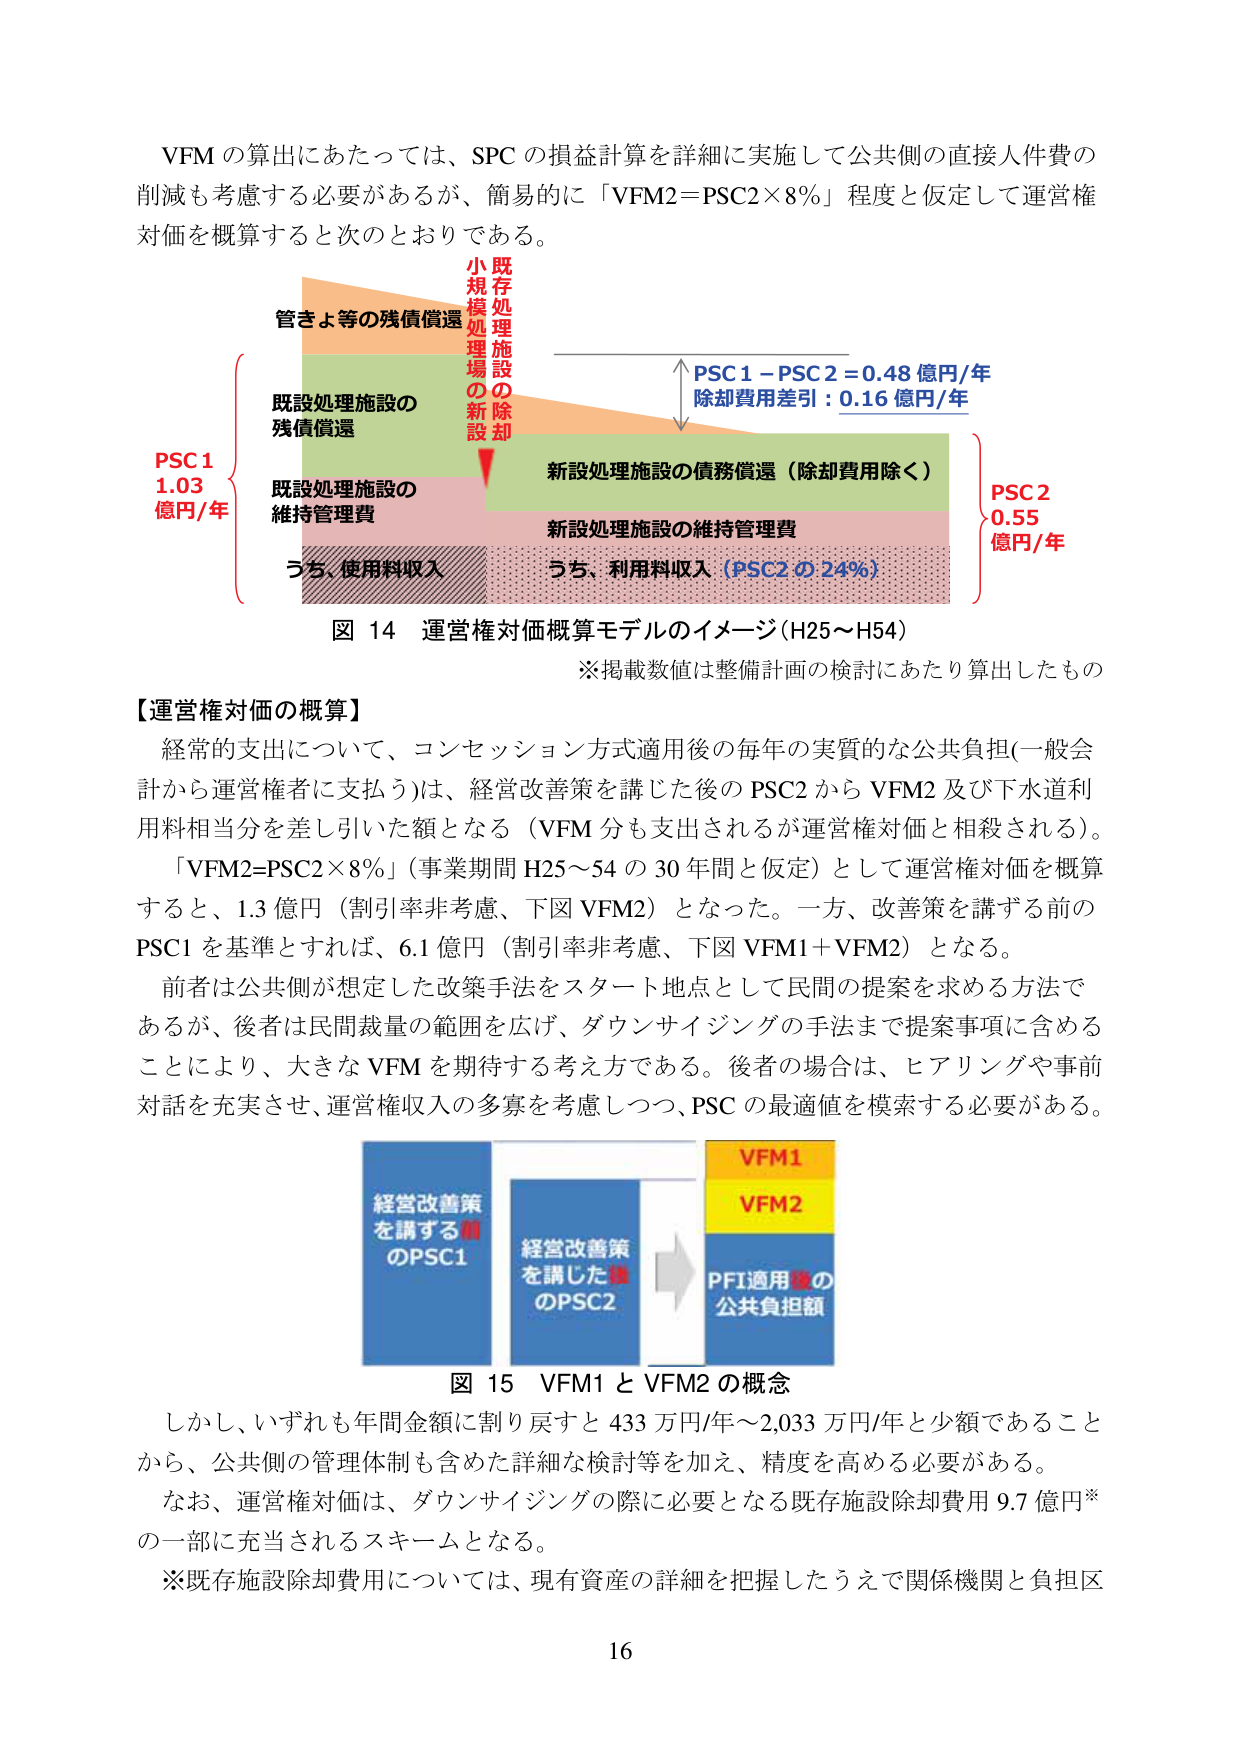
VFM の算出にあたっては、SPC の損益計算を詳細に実施して公共側の直接人件費の
削減も考慮する必要があるが、簡易的に「VFM2=PSC2×8%」程度と仮定して運営権
対価を概算すると次のとおりである。

管きよ等の残債償還
既設処理施設の
残債償還
既設処理施設の
維持管理費
うち、使用料収入
小規模処理場の新設
既存処理施設の除却
PSC1－PSC2＝0.48 億円/年
除却費用差引：0.16 億円/年
新設処理施設の債務償還（除却費用除く）
新設処理施設の維持管理費
うち、利用料収入（PSC2 の 24%）
PSC1
1.03
億円/年
PSC2
0.55
億円/年

図 14 運営権対価概算モデルのイメージ（H25～H54）
※掲載数値は整備計画の検討にあたり算出したもの

【運営権対価の概算】
経常的支出について、コンセッション方式適用後の毎年の実質的な公共負担（一般会
計から運営権者に支払う）は、経営改善策を講じた後の PSC2 から VFM2 及び下水道利
用料相当分を差し引いた額となる（VFM 分も支出されるが運営権対価と相殺される）。
「VFM2=PSC2×8%」（事業期間 H25～54 の 30 年間と仮定）として運営権対価を概算
すると、1.3 億円（割引率非考慮、下図 VFM2）となった。一方、改善策を講ずる前の
PSC1 を基準とすれば、6.1 億円（割引率非考慮、下図 VFM1＋VFM2）となる。
前者は公共側が想定した改策手法をスタート地点として民間の提案を求める方法で
あるが、後者は民間裁量の範囲を広げ、ダウンサイジングの手法まで提案事項に含める
ことにより、大きな VFM を期待する考え方である。後者の場合は、ヒアリングや事前
対話を充実させ、運営権収入の多寡を考慮しつつ、PSC の最適値を模索する必要がある。

経営改善策
を講ずる前のPSC1
経営改善策
を講じた後のPSC2
VFM1
VFM2
PFI適用後の
公共負担額

図 15 VFM1 と VFM2 の概念

しかし、いずれも年間金額に割り戻すと 433 万円/年～2,033 万円/年と少額であること
から、公共側の管理体制も含めた詳細な検討等を加え、精度を高める必要がある。
なお、運営権対価は、ダウンサイジングの際に必要となる既存施設除却費用 9.7 億円※
の一部に充当されるスキームとなる。
※既存施設除却費用については、現有資産の詳細を把握したうえで関係機関と負担区

16